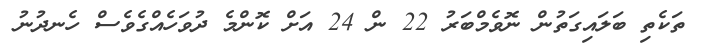
ތަކެތި ބަލައިގަތުން ނޮވެމްބަރު 22 ން 24 އަށް ކޮންމެ ދުވަހެއްގެވެސް ހެނދުނު